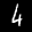
Label: 4